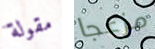
مقولة مزعجا